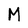
Character: M